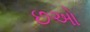
છઓ